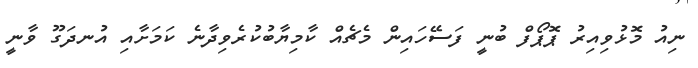
ނިއު މޮޅުވިއިރު ޕޮޕޯފް ބުނީ ފަސޭހައިން މެޗެއް ކާމިޔާބުކުރެވިދާނެ ކަމަށާއި އުނދަގޫ ވާނީ